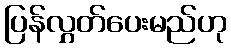
ပြန်လွှတ်ပေးမည်ဟု